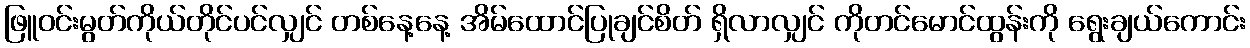
ဖြူဝင်းမွတ်ကိုယ်တိုင်ပင်လျှင် တစ်နေ့နေ့ အိမ်ထောင်ပြုချင်စိတ် ရှိလာလျှင် ကိုတင်မောင်ထွန်းကို ရွေးချယ်ကောင်း